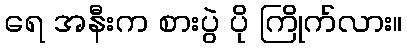
ရေ အနီးက စားပွဲ ပို ကြိုက်လား။